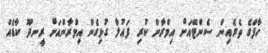
ހާފްގެ ތެރެއިން ސެންޓޭއަށް އިމްރާން ކުރި ފައުލާ ގުޅިގެން އިމްރާންއަށް ރީނދޫ ކާޑެއް